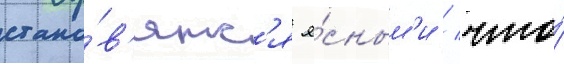
стано́в'ятс'я я́сным'и / что́